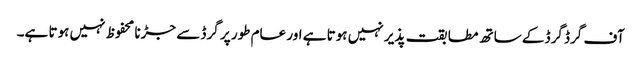
آف گرڈ گرڈ کے ساتھ مطابقت پذیر نہیں ہوتا ہے اور عام طور پر گرڈ سے جڑنا محفوظ نہیں ہوتا ہے۔